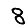
Digit: 8